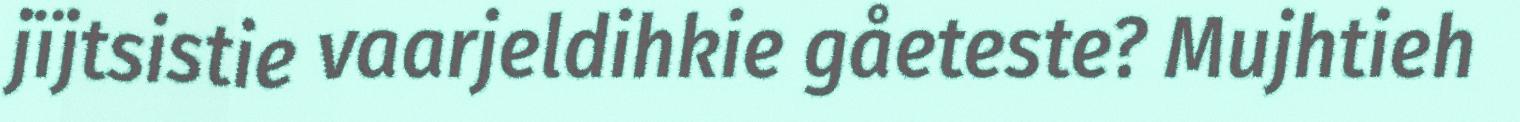
jïjtsistie vaarjeldihkie gåeteste? Mujhtieh